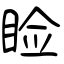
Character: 睑